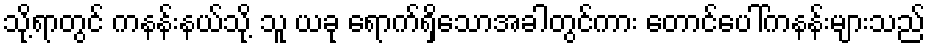
သို့ရာတွင် ကနန်းနယ်သို့ သူ ယခု ရောက်ရှိသောအခါတွင်ကား တောင်ပေါ်ကနန်းများသည်